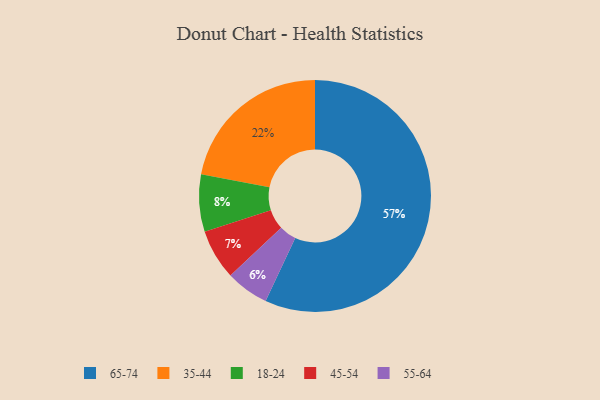
{"axis": {"x": "Category", "y": "Percentage"}, "legend": ["18-24", "35-44", "45-54", "55-64", "65-74"], "data": [{"x": "65-74", "y": 57, "type": "65-74"}, {"x": "45-54", "y": 7, "type": "45-54"}, {"x": "55-64", "y": 6, "type": "55-64"}, {"x": "18-24", "y": 8, "type": "18-24"}, {"x": "35-44", "y": 22, "type": "35-44"}]}